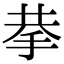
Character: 拲